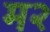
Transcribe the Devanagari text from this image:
म२